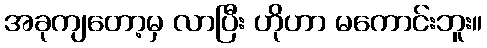
အခုကျတော့မှ လာပြီး ဟိုဟာ မကောင်းဘူး။